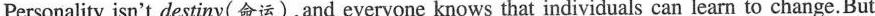
Personality isn't destiny(命运),and everyone knows that individuals can learn to change.But